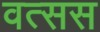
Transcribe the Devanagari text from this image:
वत्सस